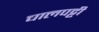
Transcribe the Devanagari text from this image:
चालपट्टी